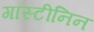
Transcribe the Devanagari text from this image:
गॉस्टीनिन